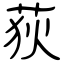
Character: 荻